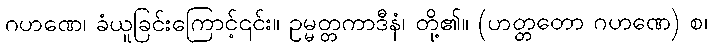
ဂဟဏေ၊ ခံယူခြင်းကြောင့်၎င်း။ ဥမ္မတ္တကာဒီနံ၊ တို့၏။ (ဟတ္တတော ဂဟဏေ) စ၊